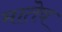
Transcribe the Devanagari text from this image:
मातेव